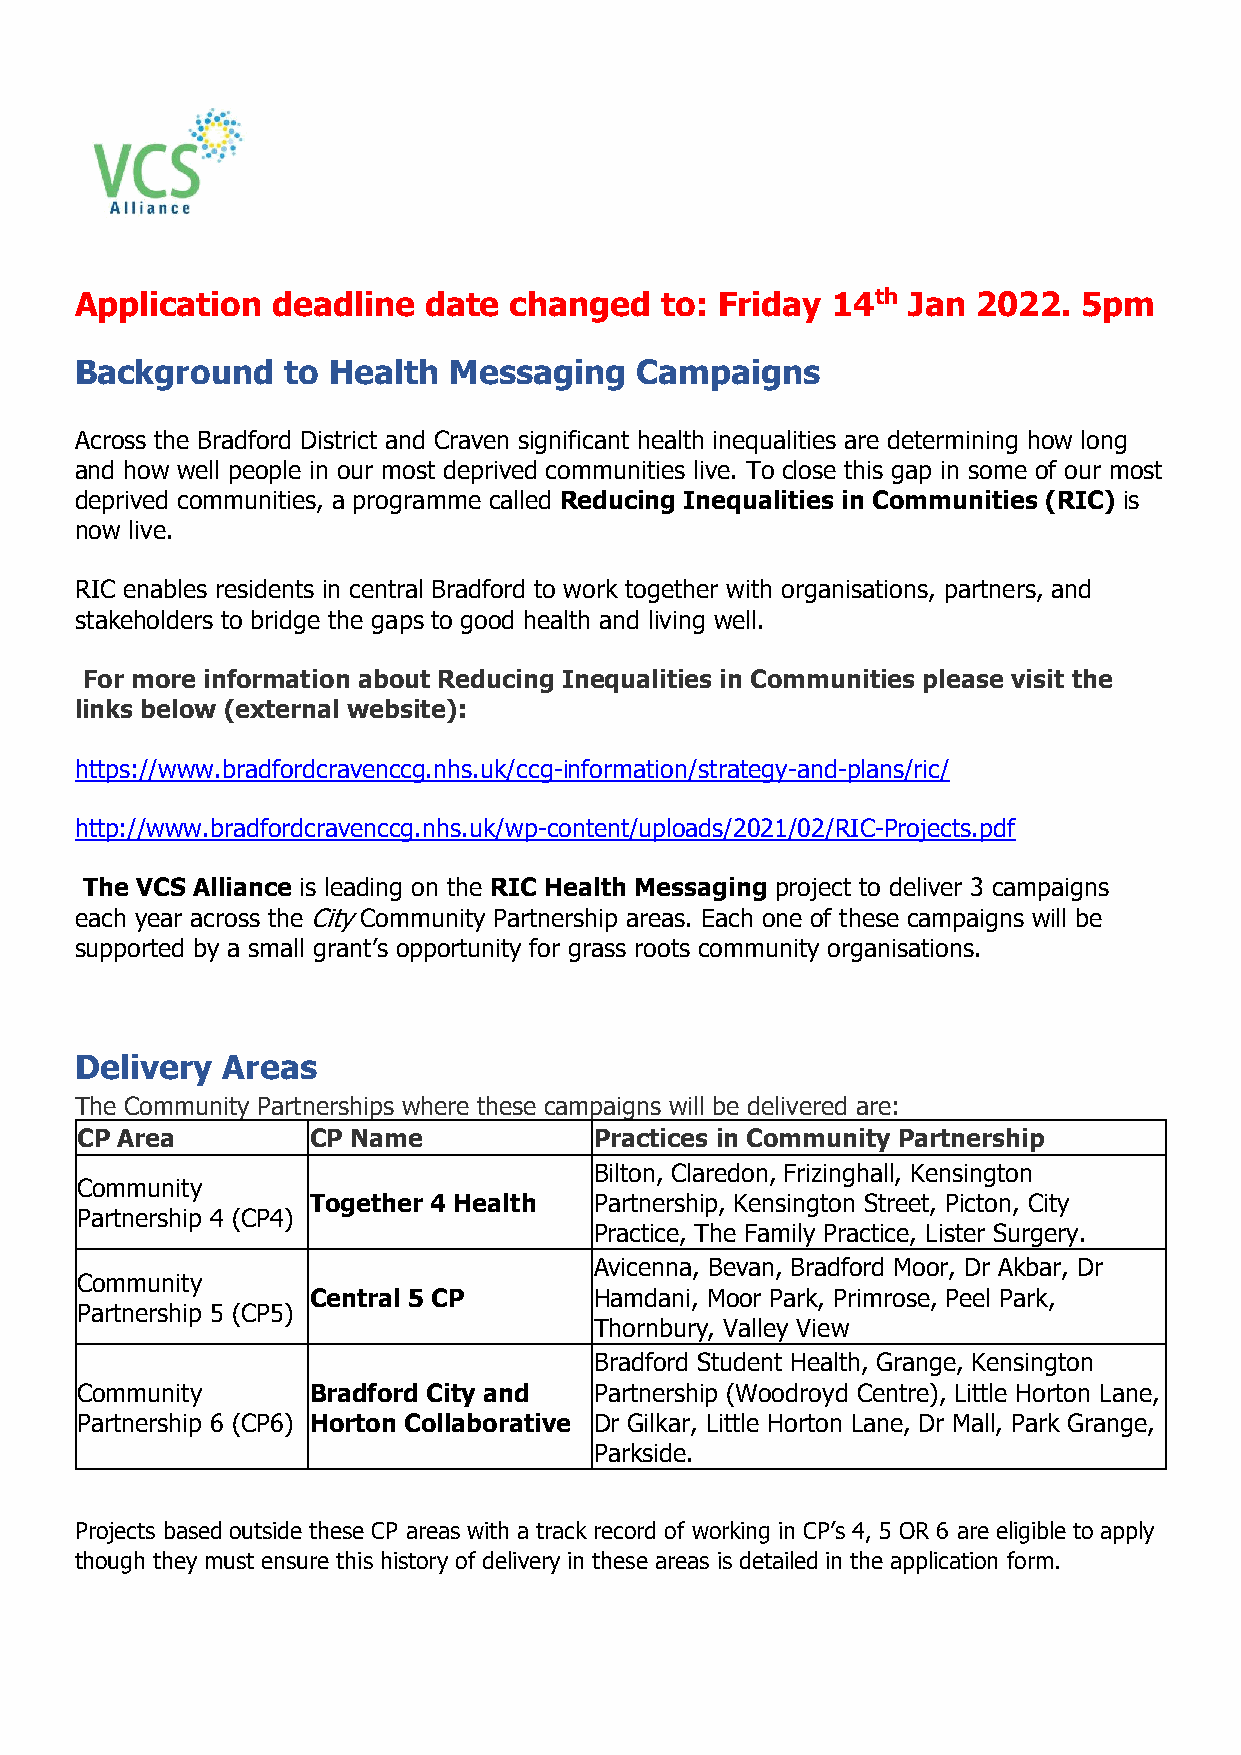
Application  deadline  date  changed   to: Friday 14th Jan  2022.  5pm
 Background    to Health  Messaging   Campaigns
 Across the Bradford District and Craven significant health inequalities are determining how long
 and how well people in our most deprived communities live. To close this gap in some of our most
 deprived communities, a programme called Reducing Inequalities in Communities (RIC) is
 now live.
 RIC enables residents in central Bradford to work together with organisations, partners, and
 stakeholders to bridge the gaps to good health and living well.
 For more information about Reducing Inequalities in Communities please visit the
 links below (external website):
 https://www.bradfordcravenccg.nhs.uk/ccg-information/strategy-and-plans/ric/
 http://www.bradfordcravenccg.nhs.uk/wp-content/uploads/2021/02/RIC-Projects.pdf
 The VCS Alliance is leading on the RIC Health Messaging project to deliver 3 campaigns
 each year across the City Community Partnership areas. Each one of these campaigns will be
 supported by a small grant’s opportunity for grass roots community organisations.
 Delivery  Areas
 The Community Partnerships where these campaigns will be delivered are:
 CP Area        CP Name            Practices in Community Partnership
 Bilton, Claredon, Frizinghall, Kensington
 Community
 Together 4 Health  Partnership, Kensington Street, Picton, City
 Partnership 4 (CP4)
 Practice, The Family Practice, Lister Surgery.
 Avicenna, Bevan, Bradford Moor, Dr Akbar, Dr
 Community
 Central 5 CP       Hamdani, Moor Park, Primrose, Peel Park,
 Partnership 5 (CP5)
 Thornbury, Valley View
 Bradford Student Health, Grange, Kensington
 Community      Bradford City and  Partnership (Woodroyd Centre), Little Horton Lane,
 Partnership 6 (CP6) Horton Collaborative Dr Gilkar, Little Horton Lane, Dr Mall, Park Grange,
 Parkside.
 Projects based outside these CP areas with a track record of working in CP’s 4, 5 OR 6 are eligible to apply
 though they must ensure this history of delivery in these areas is detailed in the application form.